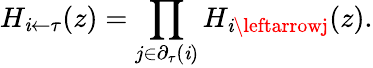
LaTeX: H_{\mathit{i}\leftarrow\tau}(z)=\prod_{j\in\partial_{\tau}(\mathit{i})}H_{\mathit{i}\leftarrowj}(z).